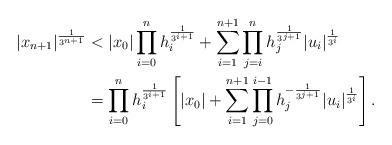
LaTeX: \begin{align*} |x_{n+1}|^{\frac 1{3^{n+1}}}& < |x_0|\prod_{i=0}^{n} h_{i}^{\frac 1{3^{i+1}}}+\sum_{i=1}^{n+1}\prod_{j=i}^{n} h_{j}^{\frac 1{3^{j+1}}}| u_{i}|^{\frac 1{3^{i}}}\\&=\prod_{i=0}^{n} h_{i}^{\frac 1{3^{i+1}}}\left[ |x_0|+\sum_{i=1}^{n+1}\prod_{j=0}^{i-1} h_{j}^{-\frac 1{3^{j+1}}}| u_{i}|^{\frac 1{3^{i}}}\right].\end{align*}